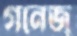
গনেজ্